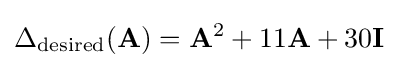
\Delta _{\text{desired}}(\mathbf {A} )=\mathbf {A} ^{2}+11\mathbf {A} +30\mathbf {I}